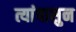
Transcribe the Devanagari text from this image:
त्यांपासुन